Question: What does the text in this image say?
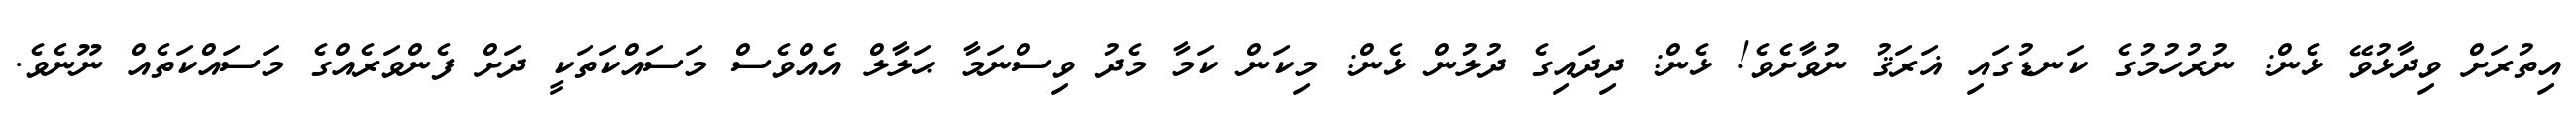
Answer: އިތުރަށް ވިދާޅުވޭ ޅެން: ނުރުހުމުގެ ކަނޑުގައި ޣަރަޤު ނުވާށެވެ! ޅެން: ދިދައިގެ ދުލުން ޅެން: މިކަން ކަމާ މެދު ވިސްނަމާ ޙަލާލް އެއްވެސް މަސައްކަތަކީ ދަށް ފެންވަރެއްގެ މަސައްކަތެއް ނޫނެވެ.